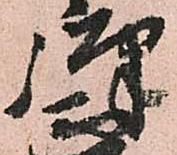
弾